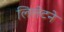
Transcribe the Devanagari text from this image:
लिलेटने